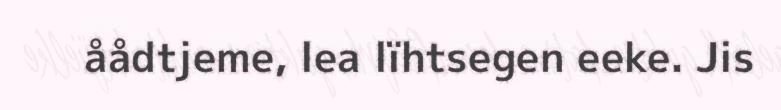
åådtjeme, lea lïhtsegen eeke. Jis